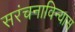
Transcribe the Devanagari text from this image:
सरंचनाविन्यास